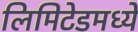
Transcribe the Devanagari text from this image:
लिमिटेडमध्ये